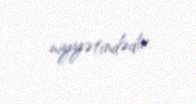
niyyətindədir.